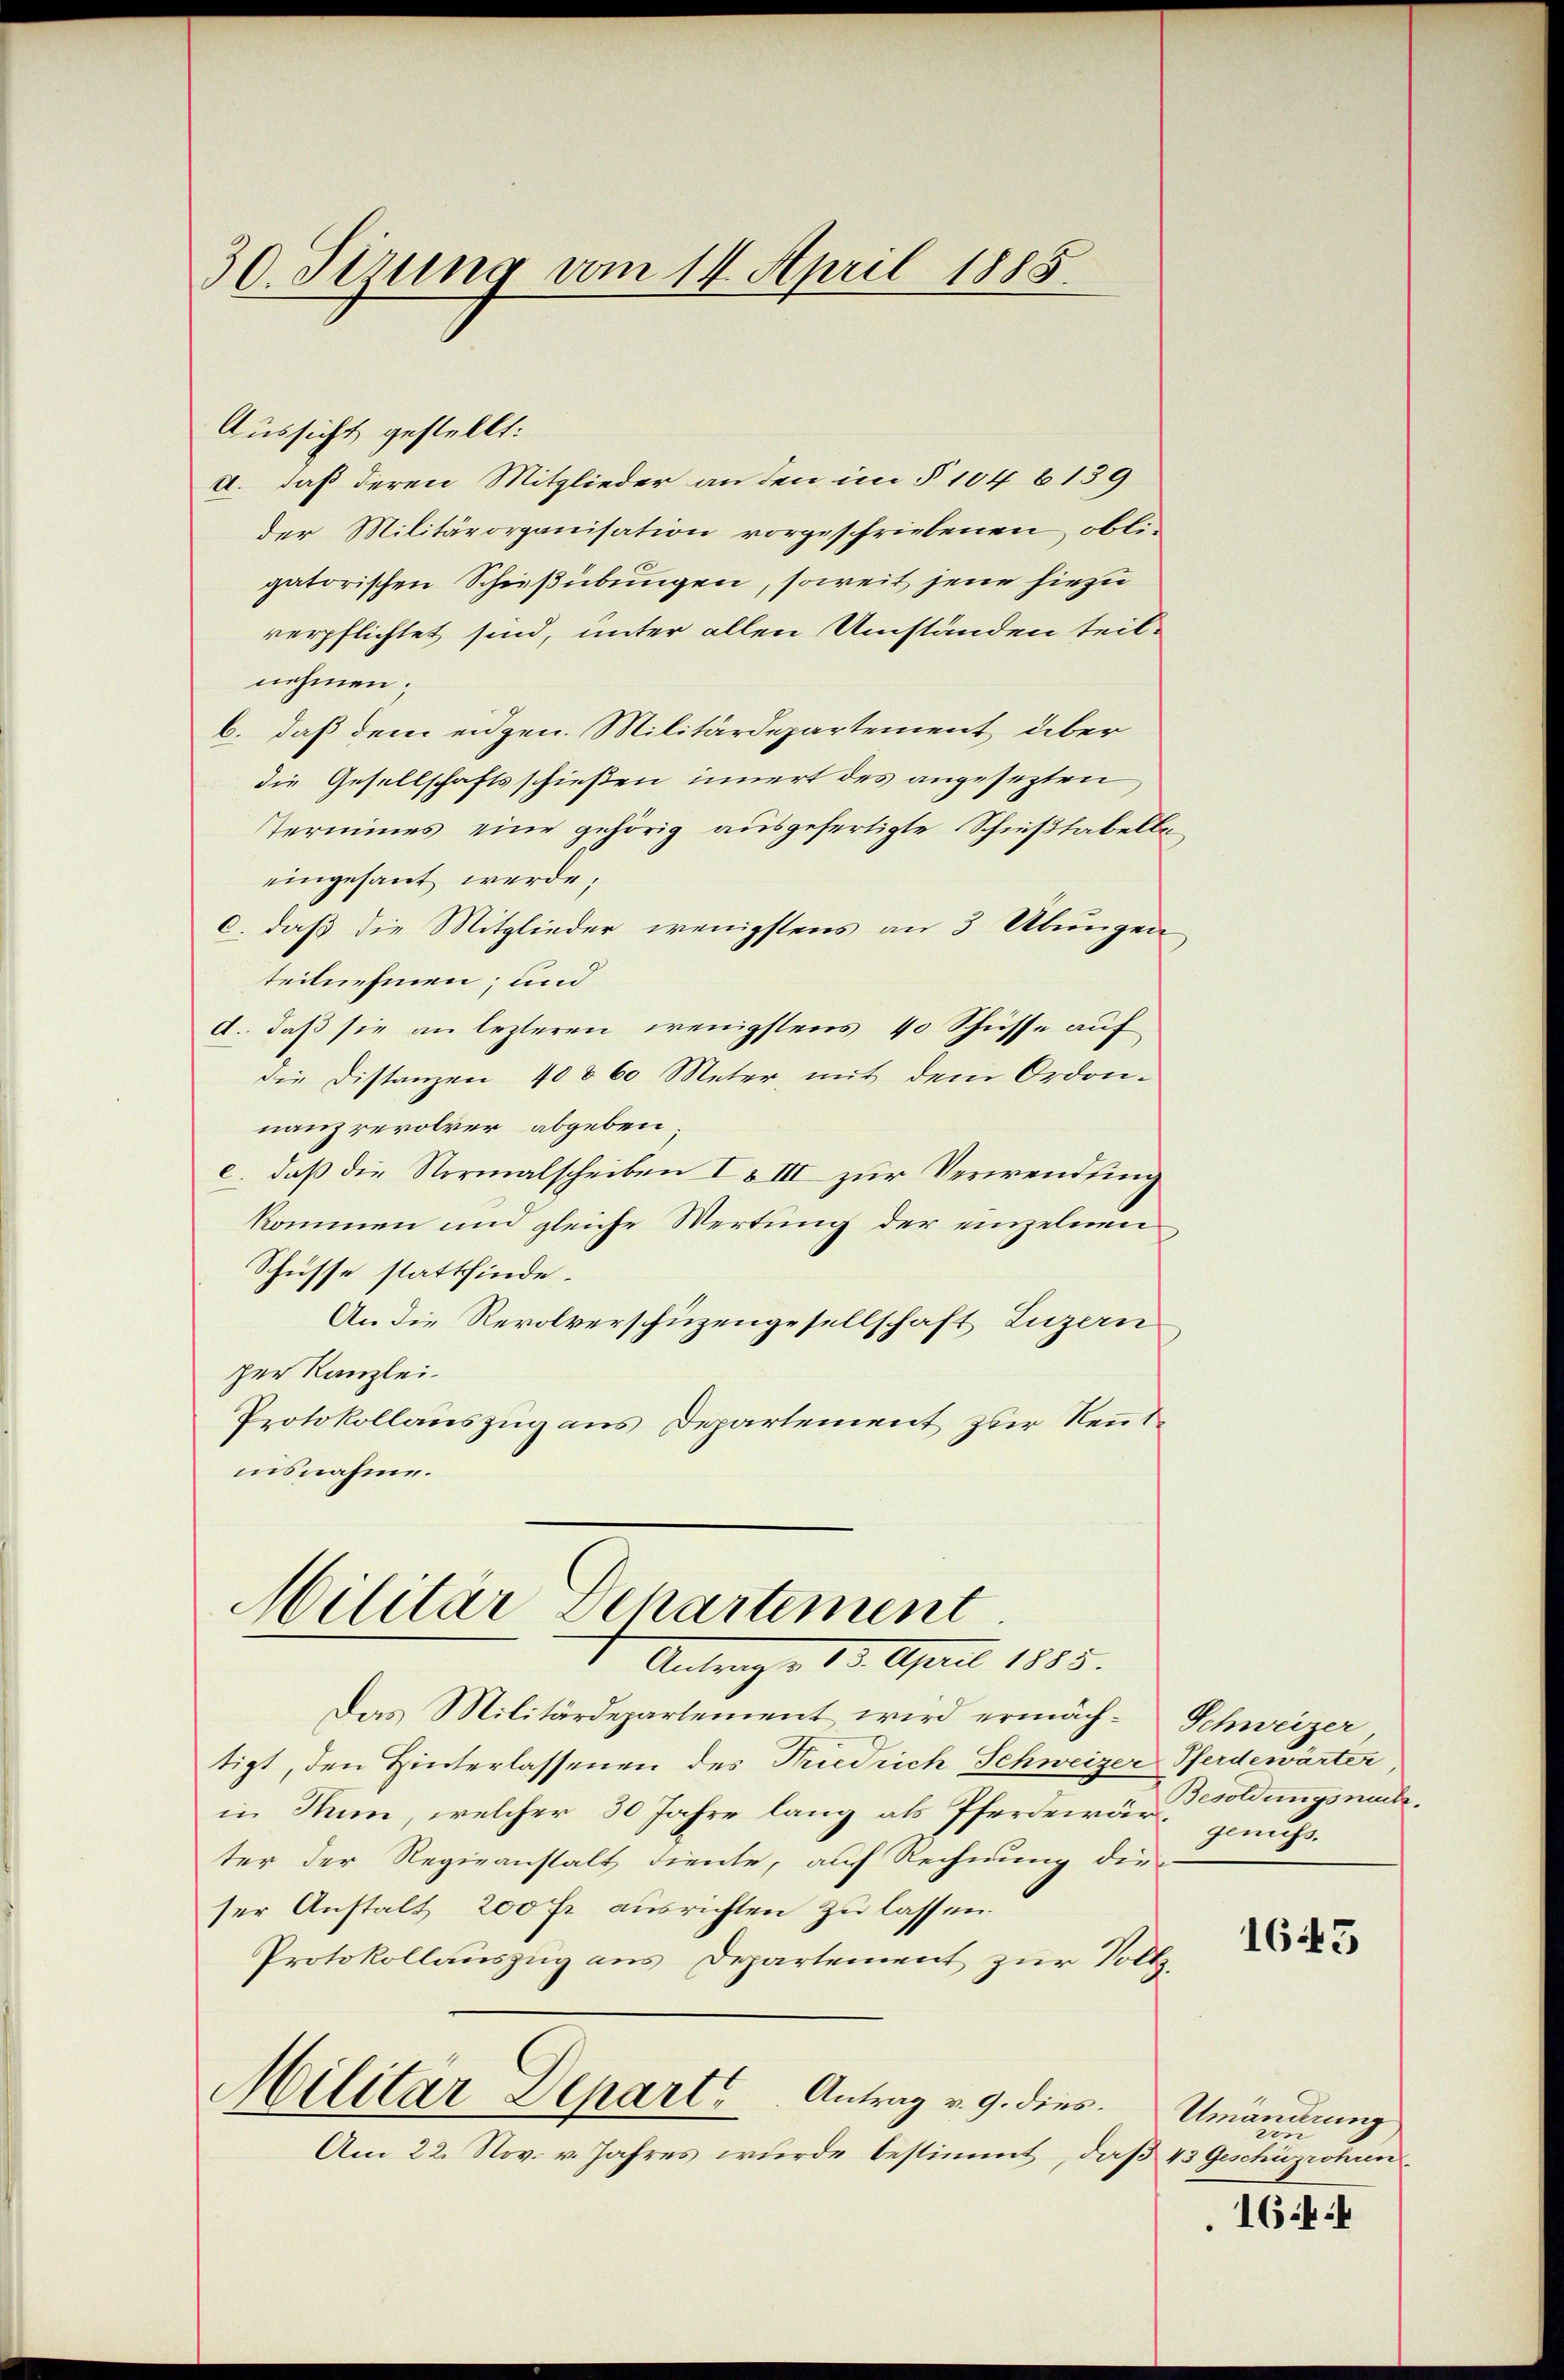
30. Sirung vom 14. April 1885.

Aussicht gestellt:
a. daß deren Mitglieder an den im § 104 6139
der Militärorganisation vorgeschriebenen, obli-
gatorischen Schießübungen, soweit jene hiezu
verpflichtet sind, unter allen Umständen teil-
nehmen.
b. daß dem eidgen. Militärdepartement über
die Gesellschaftsschießen innert des angesezten
Termines eine gehörig ausgefertigte Schnißtabelbe
eingesant werde,
c. daß die Mitglieder wenigstens an 3 Übungen
teilnehmen; und
d.. daß sie an lezteren wenigstens 40 Schüsse auf
die Distanzen 40 § 60 Meter mit dem Ordon-
nanzrevolver abgeben;
e.) daß die Normalscheiben I & III zur Verwendung
kommen und gleiche Wertung der einzelnen
Schüsse stattfinde.
An die Revolverschüzengesellschaft Luzern
per Kanzlei.
Protokollauszug aus Departement zur Renntinsnahme.
Militär Departement
Antrage 13. April 1885.
Das Militärdepartement wird ermächtigt, den Hinterlassenen des Friedrich Schweizer Pferdewärter,
in Rum, welcher 30 Jahre lang als Pferderärungsnachter der Regieanstalt diente, auf Rechnung die-
ser Anstalt 200 fr. ausrichten zu lassen.
Protokollauszug aus Departement zur Vollz
Militar Depart. Antrag v. 9. dies
Am 22. Nov. v. Jahres wurde bestimmt, daß 43 Geschüzrohun

Schweizer
genuss.

1645

Umänderung
zin

1644